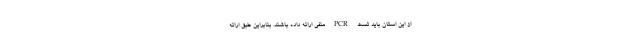
از این استان باید تست PCR منفی ارائه داده باشند. بنابراین طبق ارائه